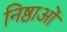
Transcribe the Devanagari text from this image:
निष्ठाओं